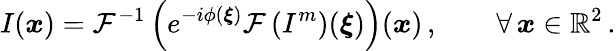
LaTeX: I(\boldsymbol{x})=\mathcal{F}^{-1}\left(e^{-i\phi(\boldsymbol{\xi})}\mathcal{F}\left(I^{m}\right)(\boldsymbol{\xi})\right)(\boldsymbol{x})\, ,\qquad\forall\, \boldsymbol{x}\in\mathbb{R}^{2}\, .